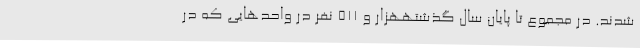
شدند. در مجموع تا پایان سال گذشتههزار و 511 نفر در واحدهایی که در